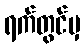
ရက်တွင်မှ